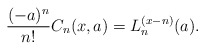
\begin{align*}\frac{(-a)^n}{n!}C_n(x,a) = L_n^{(x-n)}(a). \end{align*}